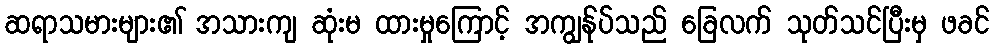
ဆရာသမားများ၏ အသားကျ ဆုံးမ ထားမှုကြောင့် အကျွန်ုပ်သည် ခြေလက် သုတ်သင်ပြီးမှ ဖခင်